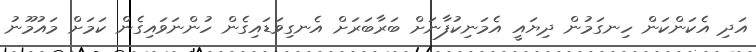
އަދި އެކަންކަން ހިނގަމުން ދިޔައީ އެމަނިކުފާނަށް ބަރާބަރަށް އެނގިވަޑައިގެން ހުންނަވައިގެން ކަމަށް މައުމޫނު